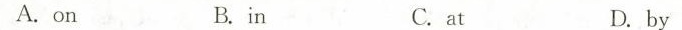
A.on B.in C.at D.by